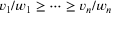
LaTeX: v _ { 1 } / w _ { 1 } \geq \cdots \geq v _ { n } / w _ { n }